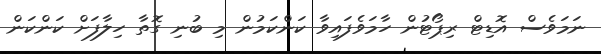
ނަމަވެސް އޮޑިޓް ރިޕޯޓުން ހާމަވެފައިވާ ކަންކަމުން މި ބުނި ގޮތާ ހިލާފަށް ކަންކަން